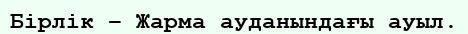
Бірлік – Жарма ауданындағы ауыл.